Investigations into the jail dietaries of the United Provinces with some observations on the influence of dietary on the physical development and well-being of the people of the United Provinces - Number 48
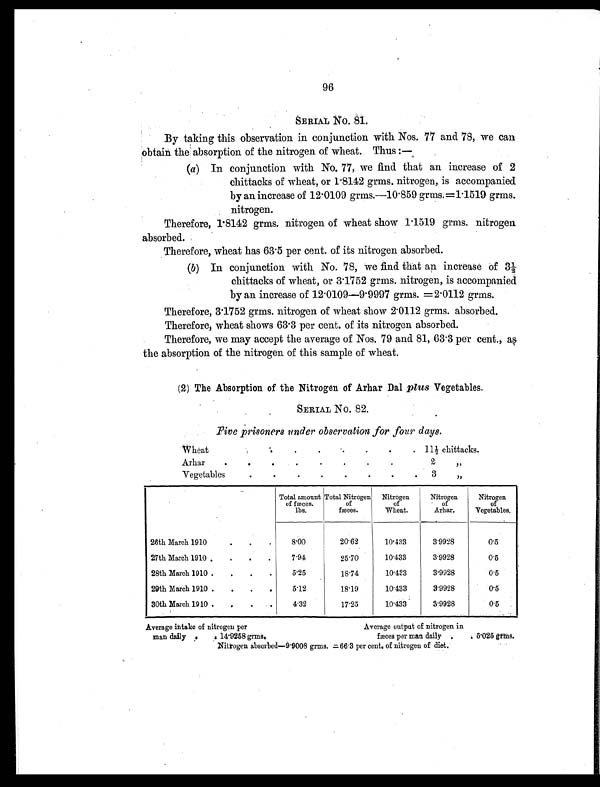
96
SERIAL No. 81.
By taking this observation in conjunction with Nos. 77 and 78, we can
obtain the absorption of the nitrogen of wheat. Thus:
—
(a)
In conjunction with No. 77, we find that an increase of 2
chittacks of wheat, or 1.8142 grms. nitrogen, is accompanied
by an increase of 12.0109 grms.—10.859 grms. =1.1519 grms.
nitrogen.
Therefore, 1.8142 grms. nitrogen of wheat show 1.1519 grms. nitrogen
absorbed.
Therefore, wheat has 63.5 per cent. of its nitrogen absorbed.
(b) In conjunction with No. 78, we find that an increase of 3½
chittacks of wheat, or 3.1752 grms. nitrogen, is accompanied
by an increase of 12.0109—9.9997 grms. =2.0112 grms.
Therefore, 3.1752 grms. nitrogen of wheat show 2.0112 grms. absorbed.
Therefore, wheat shows 63.3 per cent. of its nitrogen absorbed.
Therefore, we may accept the average of Nos. 79 and 81, 63.3 per cent., as
the absorption of the nitrogen of this sample of wheat.
(2) The Absorption of the Nitrogen of Arhar Dal plus Vegetables.
SERIAL No. 82.
Five prisoners under observation for four days.
Wheat
.
. .
.
.
. .
. 11½ chittacks.
Arhar
.
.
.
.
.
.
.
.
. 2 „
Vegetables
.
.
.
.
.
.
.
.
3 „
Total amount
of fæces.
lbs.
Total Nitrogen
of
fæces.
Nitrogen
of
Wheat.
Nitrogen
of
Arhar.
Nitrogen
of
Vegetables.
26th March 1910
.
.
.
8.00
20.62
10.433
3.9928
0.5
27th March 1910 .
.
.
.
7.94
25.70
10.433
3.9928
0.5
28th March 1910 .
.
.
.
5.25
18.74
10.423
3.9928
0.5
29th March 1910 .
.
.
.
5.12
18.19
10.433
3.9928
0.5
30th March 1910 .
.
.
.
4.32
17.25
10.433
3.9928
0.5
Average intake of nitrogen per Average output of nitrogen in
man daily .
. 14.9258 grms. fæces per man daily .
. 5.025 grms.
Nitrogen absorbed—9.9008 grms. =66.3 per cent. of nitrogen of diet.